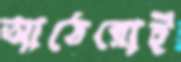
আঠেরোই